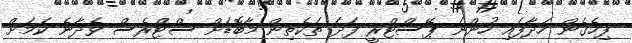
ފިހެގެން ހަދާފައި ހުންނަ ޕޭސްޓްރީ ފަދަ ތަކެތިން މާބޮޑަށް ސްޓްރެސް ވެދާނެ ކަމަށް